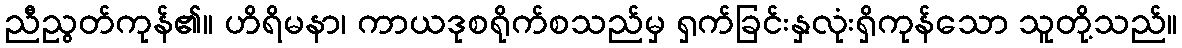
ညီညွတ်ကုန်၏။ ဟိရိမနာ၊ ကာယဒုစရိုက်စသည်မှ ရှက်ခြင်းနှလုံးရှိကုန်သော သူတို့သည်။